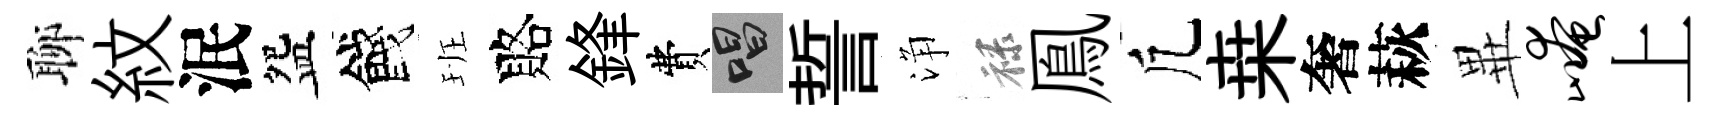
聊紋泯盌餞班賂鋒費唱誓浄禄鳯凢桒奢萩𭺾崦上